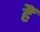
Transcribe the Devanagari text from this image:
हैें